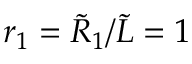
r _ { 1 } = \tilde { R } _ { 1 } / \tilde { L } = 1